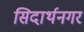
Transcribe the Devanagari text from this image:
सिदार्थनगर